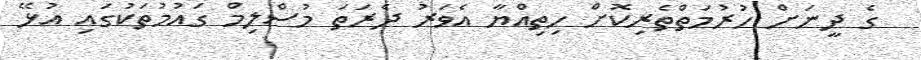
ގެ ދީނަށް ހުރުމަތްތެރިކޮށް ހިތިއްޔާ އެވަރު ދެރަތަ މުސްލިމް ގައުމުތަކުގައި އުޅޭ